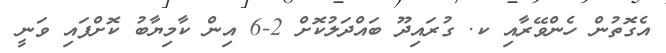
އެގޮތުން ހެންވޭރާއި ކ. ގުރައިދޫ ބައްދަލުކޮށް 2-6 އިން ކާމިޔާބު ކޮށްފައި ވަނީ